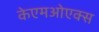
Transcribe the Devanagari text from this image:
केएमओएक्स